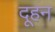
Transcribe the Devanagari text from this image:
दूहन